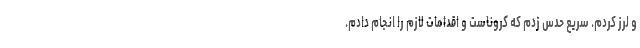
و لرز کردم. سریع حدس زدم که کروناست و اقدامات لازم را انجام دادم.